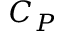
C _ { P }